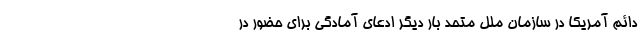
دائم آمریکا در سازمان ملل متحد بار دیگر ادعای آمادگی برای حضور در